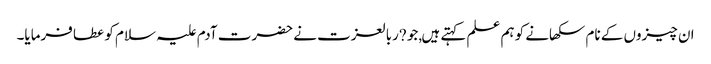
ان چیزوں کے نام سکھانے کو ہم علم کہتے ہیں,جو ?ربالعزت نے حضرت آدم علیہ سلام کو عطا فرمایا۔